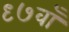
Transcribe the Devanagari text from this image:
९७वाँ